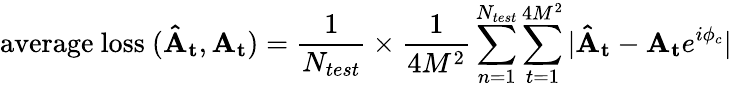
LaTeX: \mathrm{average\ loss\ (\mathbf{\hat{A}_{t}},\mathbf{A_{t}})}=\frac{1}{N_{test}}\times\frac{1}{4M^{2}}\sum_{n=1}^{N_{test}}\sum_{t=1}^{4M^{2}}|\mathbf{\hat{A}_{t}}-\mathbf{A_{t}}e^{i\phi_{c}}|